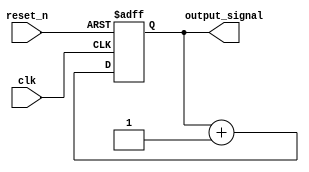
module async_reset_example (
    input wire clk,        // Clock signal
    input wire reset_n,    // Active-low asynchronous reset signal
    output reg output_signal // Primary output of the block
);

// Define the reset value
parameter RESET_VALUE = 0;

// Always block for asynchronous reset and clock-driven operation
always @(posedge clk or negedge reset_n) begin
    if (!reset_n) begin
        // Asynchronous reset
        output_signal <= RESET_VALUE;
    end else begin
        // Normal operation on rising edge of clk
        // Here you can include the logic to update output_signal
        // For example, a simple counter increment:
        output_signal <= output_signal + 1; // Example operation
    end
end

endmodule